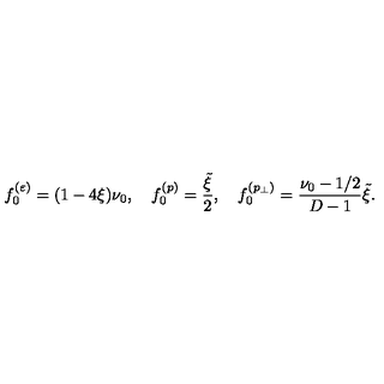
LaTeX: f _ { 0 } ^ { ( \varepsilon ) } = ( 1 - 4 \xi ) \nu _ { 0 } , \quad f _ { 0 } ^ { ( p ) } = \frac { \tilde { \xi } } { 2 } , \quad f _ { 0 } ^ { ( p _ { \perp } ) } = \frac { \nu _ { 0 } - 1 / 2 } { D - 1 } \tilde { \xi } .